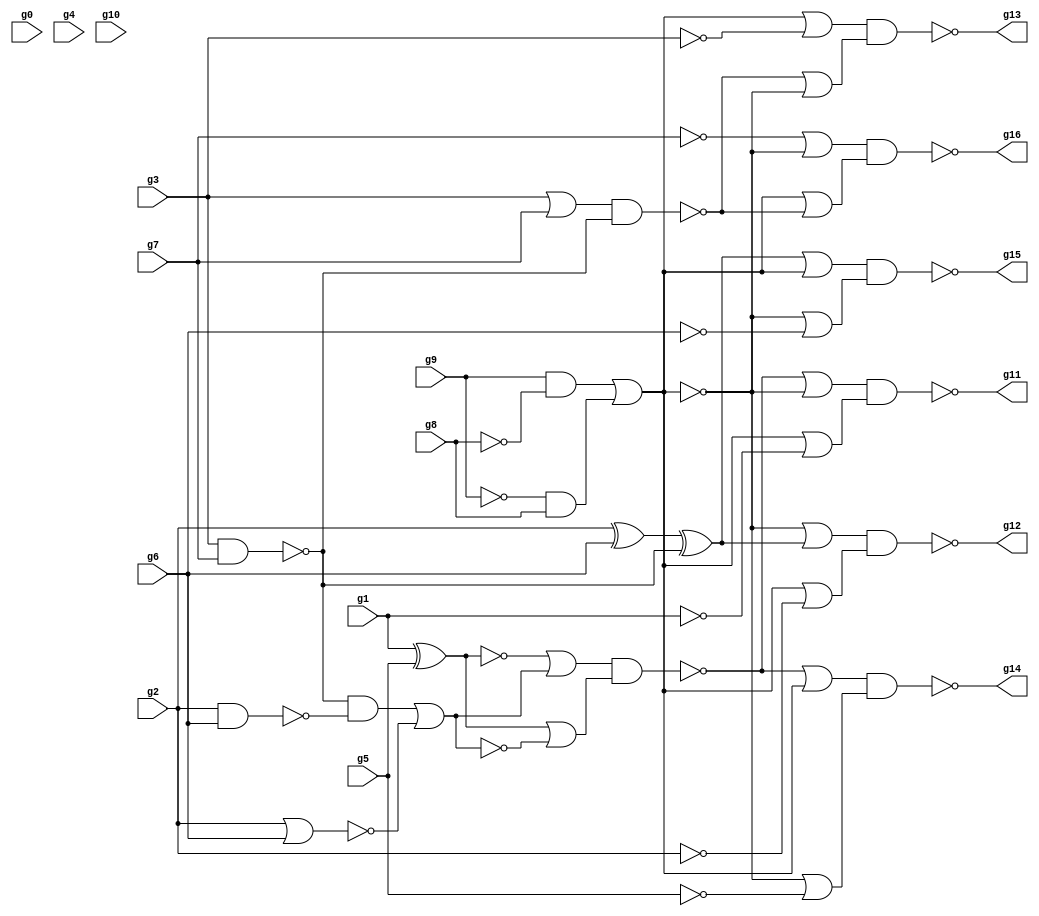
module top ( g0 , g1 , g2 , g3 , g4 , g5 , g6 , g7 , g8 , g9 , g10 , g11 , g12 , g13 , g14 , g15 , g16 );
input g0 , g1 , g2 , g3 , g4 , g5 , g6 , g7 , g8 , g9 , g10 ;
output g11 , g12 , g13 , g14 , g15 , g16 ;
wire n1 , n2 , n3 , n4 , n5 , n6 , n7 , n8 , n9 , 
     n10 , n11 , n12 , n13 , n14 , n15 , n16 , n17 , n18 , n19 , 
     n20 , n21 , n22 , n23 , n24 , n25 , n26 , n27 , n28 , n29 , 
     n30 , n31 , n32 , n33 , n34 , n35 , n36 , n37 , n38 , n39 , 
     n40 , n41 , n42 , n43 , n44 , n45 , n46 , n47 , n48 , n49 , 
     n50 , n51 , n52 , n53 , n54 , n55 , n56 , n57 , n58 , n59 , 
     n60 , n61 , n62 , n63 , n64 , n65 , n66 , n67 , n68 , n69 , 
     n70 , n71 , n72 , n73 ;
buf ( n1  , g0 );
buf ( n2  , g1 );
buf ( n3  , g2 );
buf ( n4  , g3 );
buf ( n5  , g4 );
buf ( n6  , g5 );
buf ( n7  , g6 );
buf ( n8  , g7 );
buf ( n9 , g8 );
buf ( n10 , g9 );
buf ( n11 , g10 );
buf ( g11 , n12  );
buf ( g12 , n13  );
buf ( g13 , n14  );
buf ( g14 , n15  );
buf ( g15 , n16  );
buf ( g16 , n17  );
buf ( n12 , n44 );
buf ( n13 , n57 );
buf ( n14 , n73 );
buf ( n15 , n50 );
buf ( n16 , n61 );
buf ( n17 , n68 );
xor ( n20 , n2 , n6 );
not ( n21 , n20 );
nand ( n22 , n4 , n8 );
nand ( n23 , n3 , n7 );
and ( n24 , n22 , n23 );
nor ( n25 , n3 , n7 );
nor ( n26 , n24 , n25 );
not ( n27 , n26 );
or ( n28 , n21 , n27 );
and ( n29 , n22 , n23 );
nor ( n30 , n29 , n25 );
or ( n31 , n20 , n30 );
nand ( n32 , n28 , n31 );
not ( n33 , n9 );
and ( n34 , n10 , n33 );
not ( n35 , n10 );
and ( n36 , n35 , n9 );
nor ( n37 , n34 , n36 );
not ( n38 , n37 );
not ( n39 , n38 );
or ( n40 , n32 , n39 );
not ( n41 , n37 );
not ( n42 , n2 );
or ( n43 , n41 , n42 );
nand ( n44 , n40 , n43 );
or ( n45 , n32 , n41 );
not ( n46 , n37 );
not ( n47 , n46 );
not ( n48 , n6 );
or ( n49 , n47 , n48 );
nand ( n50 , n45 , n49 );
xor ( n51 , n3 , n7 );
nand ( n52 , n4 , n8 );
xor ( n53 , n51 , n52 );
or ( n54 , n39 , n53 );
not ( n55 , n3 );
or ( n56 , n41 , n55 );
nand ( n57 , n54 , n56 );
or ( n58 , n53 , n41 );
not ( n59 , n7 );
or ( n60 , n47 , n59 );
nand ( n61 , n58 , n60 );
not ( n62 , n8 );
not ( n63 , n46 );
or ( n64 , n62 , n63 );
or ( n65 , n4 , n8 );
nand ( n66 , n65 , n22 );
or ( n67 , n38 , n66 );
nand ( n68 , n64 , n67 );
not ( n69 , n37 );
not ( n70 , n4 );
or ( n71 , n69 , n70 );
or ( n72 , n66 , n37 );
nand ( n73 , n71 , n72 );
endmodule